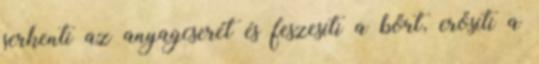
serkenti az anyagcserét és feszesíti a bőrt, erősíti a